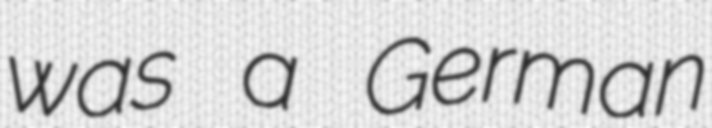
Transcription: was a German